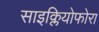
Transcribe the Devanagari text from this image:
साइक्लियोफोरा